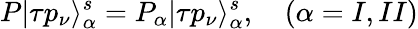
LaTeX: P|\tau p_{\nu}\rangle_{\alpha}^{s}=P_{\alpha}|\tau p_{\nu}\rangle_{\alpha}^{s},\quad(\alpha=I,II)